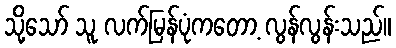
သို့သော် သူ လက်မြန်ပုံကတော့ လွန်လွန်းသည်။